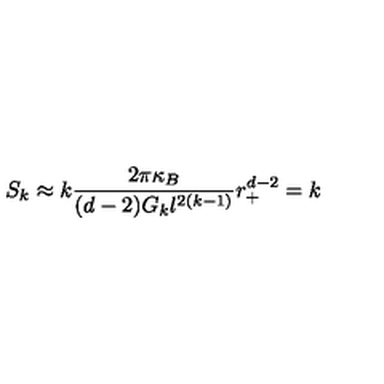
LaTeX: S _ { k } \approx k \frac { 2 \pi \kappa _ { B } } { ( d - 2 ) G _ { k } l ^ { 2 ( k - 1 ) } } r _ { + } ^ { d - 2 } = k